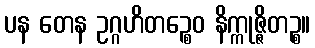
ပန တေန ဥဂ္ဂဟိတဉ္စေဝ နိက္ကုဇ္ဇိတဉ္စ။